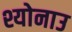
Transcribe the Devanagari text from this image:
श्योनाउ